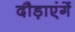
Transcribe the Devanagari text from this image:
दौड़ाएंगें